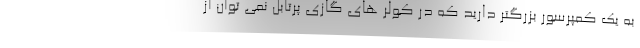
به یک کمپرسور بزرگتر دارید که در کولر های گازی پرتابل نمی توان از